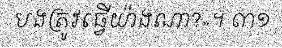
បងត្រូវធ្វើយ៉ាងណា?»។ ៣១